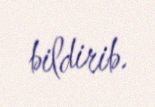
bildirib.